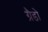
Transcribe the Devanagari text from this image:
ग्रैडो